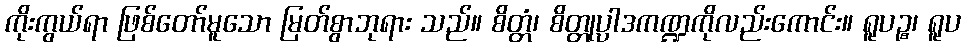
ကိုးကွယ်ရာ ဖြစ်တော်မူသော မြတ်စွာဘုရား သည်။ စိတ္တံ၊ စိတ္တုပ္ပါဒကဏ္ဍကိုလည်းကောင်း။ ရူပဉ္စ၊ ရူပ